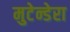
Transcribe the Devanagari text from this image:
मुटेन्डेरा